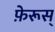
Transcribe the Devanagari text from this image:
फ़ेरूस्